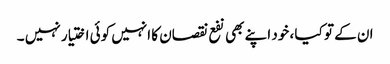
ان کے تو کیا ، خود اپنے بھی نفع نقصان کا انہیں کوئی اختیار نہیں ۔